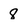
Character: 8